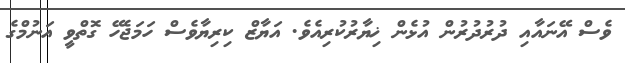
ވެސް އޭނައާއި ދުރުދުރުން އުޅެން ޚިޔާރުކުރިއެވެ. އަޔާޒް ކިރިޔާވެސް ހަމަޖެހޭ ގޮތްވީ އަނުމްގެ